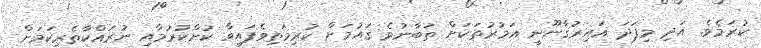
ކުރަމެވެ. އަދި މިފަދަ ޣައިރުޤާނޫނީ އަމުރުތަކަށް ތަބާނުވެ ޤައުމަށް ކުރިމަތިވެފައިވާ ކުށްކުރުމާއި ނުރައްކާތެރިކަމަށް